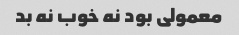
معمولی بود نه خوب نه بد